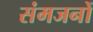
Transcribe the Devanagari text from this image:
संमजनों